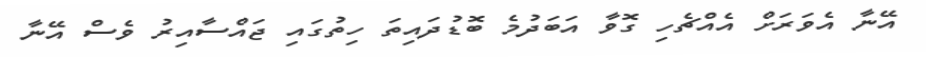
އޭނާ އެވަރަށް އެއްޗެހި ގޮވާ އަބަދުމެ ބޮޑުދައިތަ ހިތުގައި ޖައްސާއިރު ވެސް އޭނާ